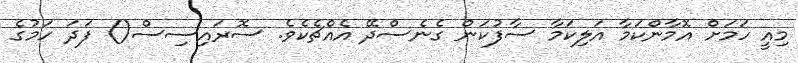
މިއީ ހަމަށް އޮމާންކަމާ އަލިކަމާ ސާފުކަން ގެނެސްދޭ އެއްޗެކެވެ. ސޮރައިސިސް() ފަދަ ހަމުގެ